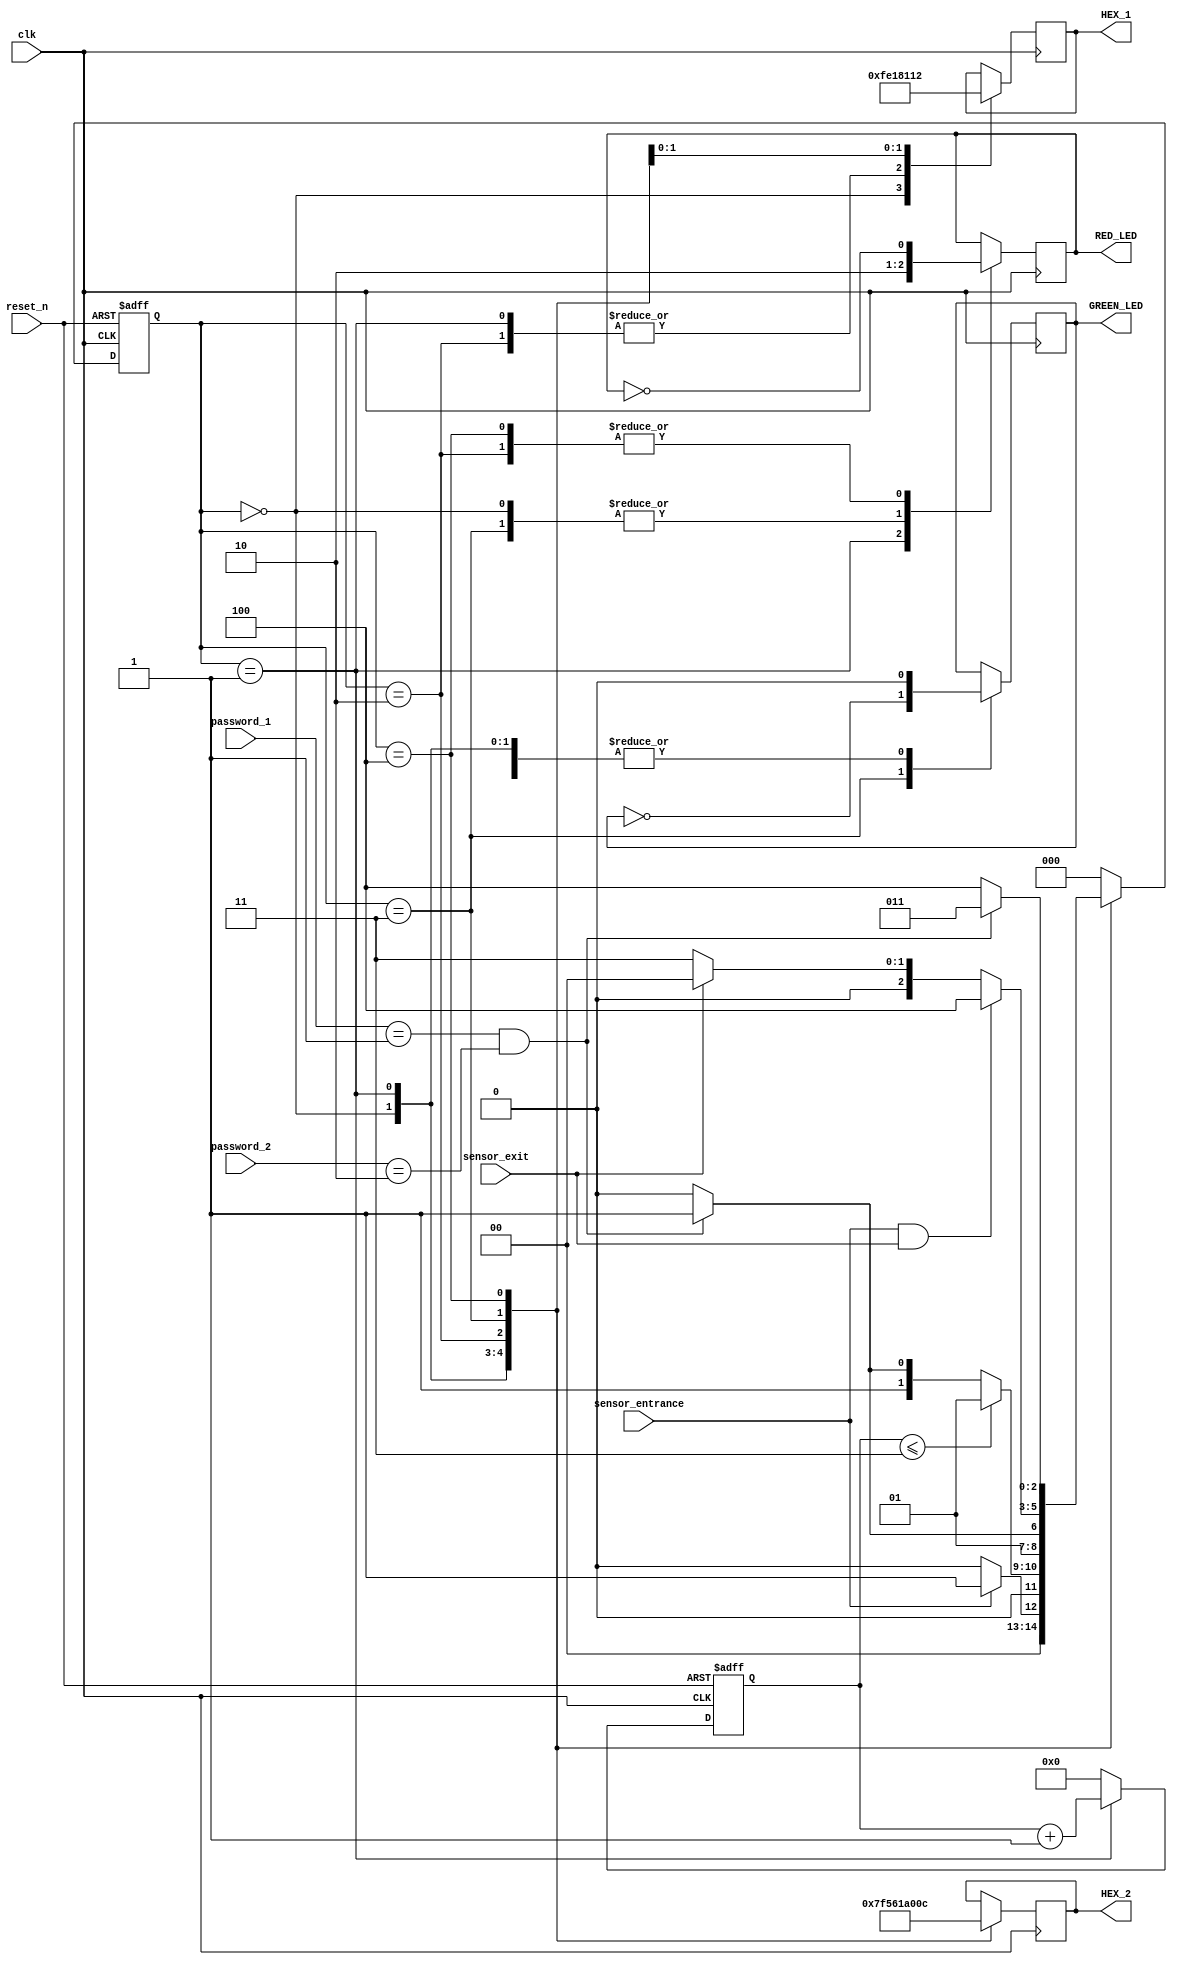
`timescale 1ns / 1ps
//////////////////////////////////////////////////////////////////////////////////
// Company: 
// Engineer: 
// 
// Design Name: 
// Module Name:    parking_system 
// Project Name: 
// Target Devices: 
// Tool versions: 
// Description: 
//
// Dependencies: 
//
// Revision: 
// Revision 0.01 - File Created
// Additional Comments: 
//
//////////////////////////////////////////////////////////////////////////////////
module parking_system( 
 input clk,reset_n,sensor_entrance, sensor_exit, 
 input [1:0] password_1, password_2,
 output wire GREEN_LED,RED_LED,
 output reg [6:0] HEX_1, HEX_2
    );
 parameter IDLE = 3'b000, WAIT_PASSWORD = 3'b001, WRONG_PASS = 3'b010, RIGHT_PASS = 3'b011,STOP = 3'b100;
 
 reg[2:0] current_state, next_state;
 reg[31:0] counter_wait;
 reg red_tmp,green_tmp;
 
 always @(posedge clk or negedge reset_n)
 begin
 if(~reset_n) 
 current_state = IDLE;
 else
 current_state = next_state;
 end
 
 always @(posedge clk or negedge reset_n) 
 begin
 if(~reset_n) 
 counter_wait <= 0;
 else if(current_state==WAIT_PASSWORD)
 counter_wait <= counter_wait + 1;
 else 
 counter_wait <= 0;
 end

 always @(*)
 begin
 case(current_state)
 IDLE: begin
         if(sensor_entrance == 1)
 next_state = WAIT_PASSWORD;
 else
 next_state = IDLE;
 end
 WAIT_PASSWORD: begin
 if(counter_wait <= 3)
 next_state = WAIT_PASSWORD;
 else 
 begin
 if((password_1==2'b01)&&(password_2==2'b10))
 next_state = RIGHT_PASS;
 else
 next_state = WRONG_PASS;
 end
 end
 WRONG_PASS: begin
 if((password_1==2'b01)&&(password_2==2'b10))
 next_state = RIGHT_PASS;
 else
 next_state = WRONG_PASS;
 end
 RIGHT_PASS: begin
 if(sensor_entrance==1 && sensor_exit == 1)
 next_state = STOP;
 else if(sensor_exit == 1)
 next_state = IDLE;
 else
 next_state = RIGHT_PASS;
 end
 STOP: begin
 if((password_1==2'b01)&&(password_2==2'b10))
 next_state = RIGHT_PASS;
 else
 next_state = STOP;
 end
 default: next_state = IDLE;
 endcase
 end
 
 always @(posedge clk) begin 
 case(current_state)
 IDLE: begin
 green_tmp = 1'b0;
 red_tmp = 1'b0;
 HEX_1 = 7'b1111111; 
 HEX_2 = 7'b1111111; 
 end
 WAIT_PASSWORD: begin
 green_tmp = 1'b0;
 red_tmp = 1'b1;
 HEX_1 = 7'b000_0110; 
 HEX_2 = 7'b010_1011; 
 end
 WRONG_PASS: begin
 green_tmp = 1'b0;
 red_tmp = ~red_tmp;
 HEX_1 = 7'b000_0110;
 HEX_2 = 7'b000_0110;
 end
 RIGHT_PASS: begin
 green_tmp = ~green_tmp;
 red_tmp = 1'b0;
 HEX_1 = 7'b000_0010; 
 HEX_2 = 7'b100_0000; 
 end
 STOP: begin
 green_tmp = 1'b0;
 red_tmp = ~red_tmp;
 HEX_1 = 7'b001_0010; 
 HEX_2 = 7'b000_1100; 
 end
 endcase
 end
 assign RED_LED = red_tmp  ;
 assign GREEN_LED = green_tmp;

endmodule